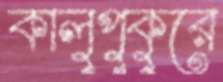
কালুপুকুরে